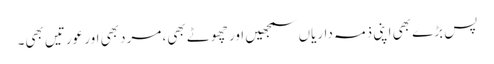
پس بڑے بھی اپنی ذمہ داریاں سمجھیں اور چھوٹے بھی، مرد بھی اور عورتیں بھی۔